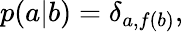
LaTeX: \begin{array}{r}{p(a|b)=\delta_{a,f(b)},}\end{array}